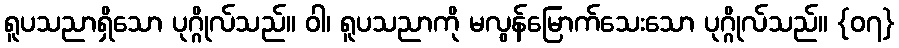
ရူပသညာရှိသော ပုဂ္ဂိုလ်သည်။ ဝါ၊ ရူပသညာကို မလွန်မြောက်သေးသော ပုဂ္ဂိုလ်သည်။ {၀၇}